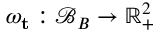
\omega _ { \mathbf { t } } : \mathcal { B } _ { B } \rightarrow \mathbb { R } _ { + } ^ { 2 }